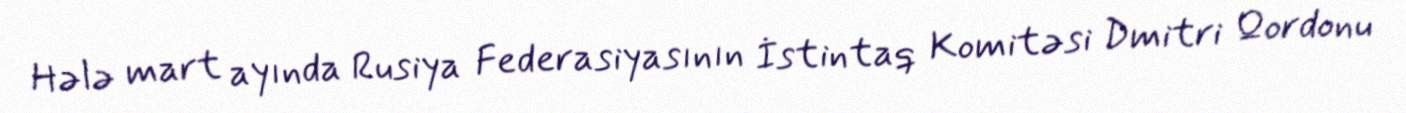
Hələ mart ayında Rusiya Federasiyasının İstintaq Komitəsi Dmitri Qordonu